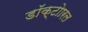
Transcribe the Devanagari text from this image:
डॉक्टोारल